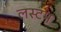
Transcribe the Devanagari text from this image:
लस्टम